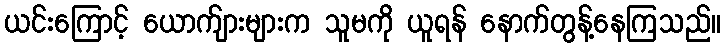
ယင်းကြောင့် ယောက်ျားများက သူမကို ယူရန် နောက်တွန့်နေကြသည်။